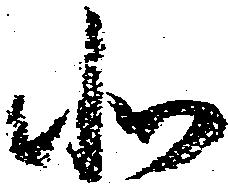
北